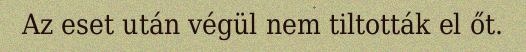
Az eset után végül nem tiltották el őt.